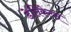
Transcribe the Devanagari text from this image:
डेलिकेटस